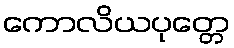
ကောလိယပုတ္တေ